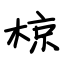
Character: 椋